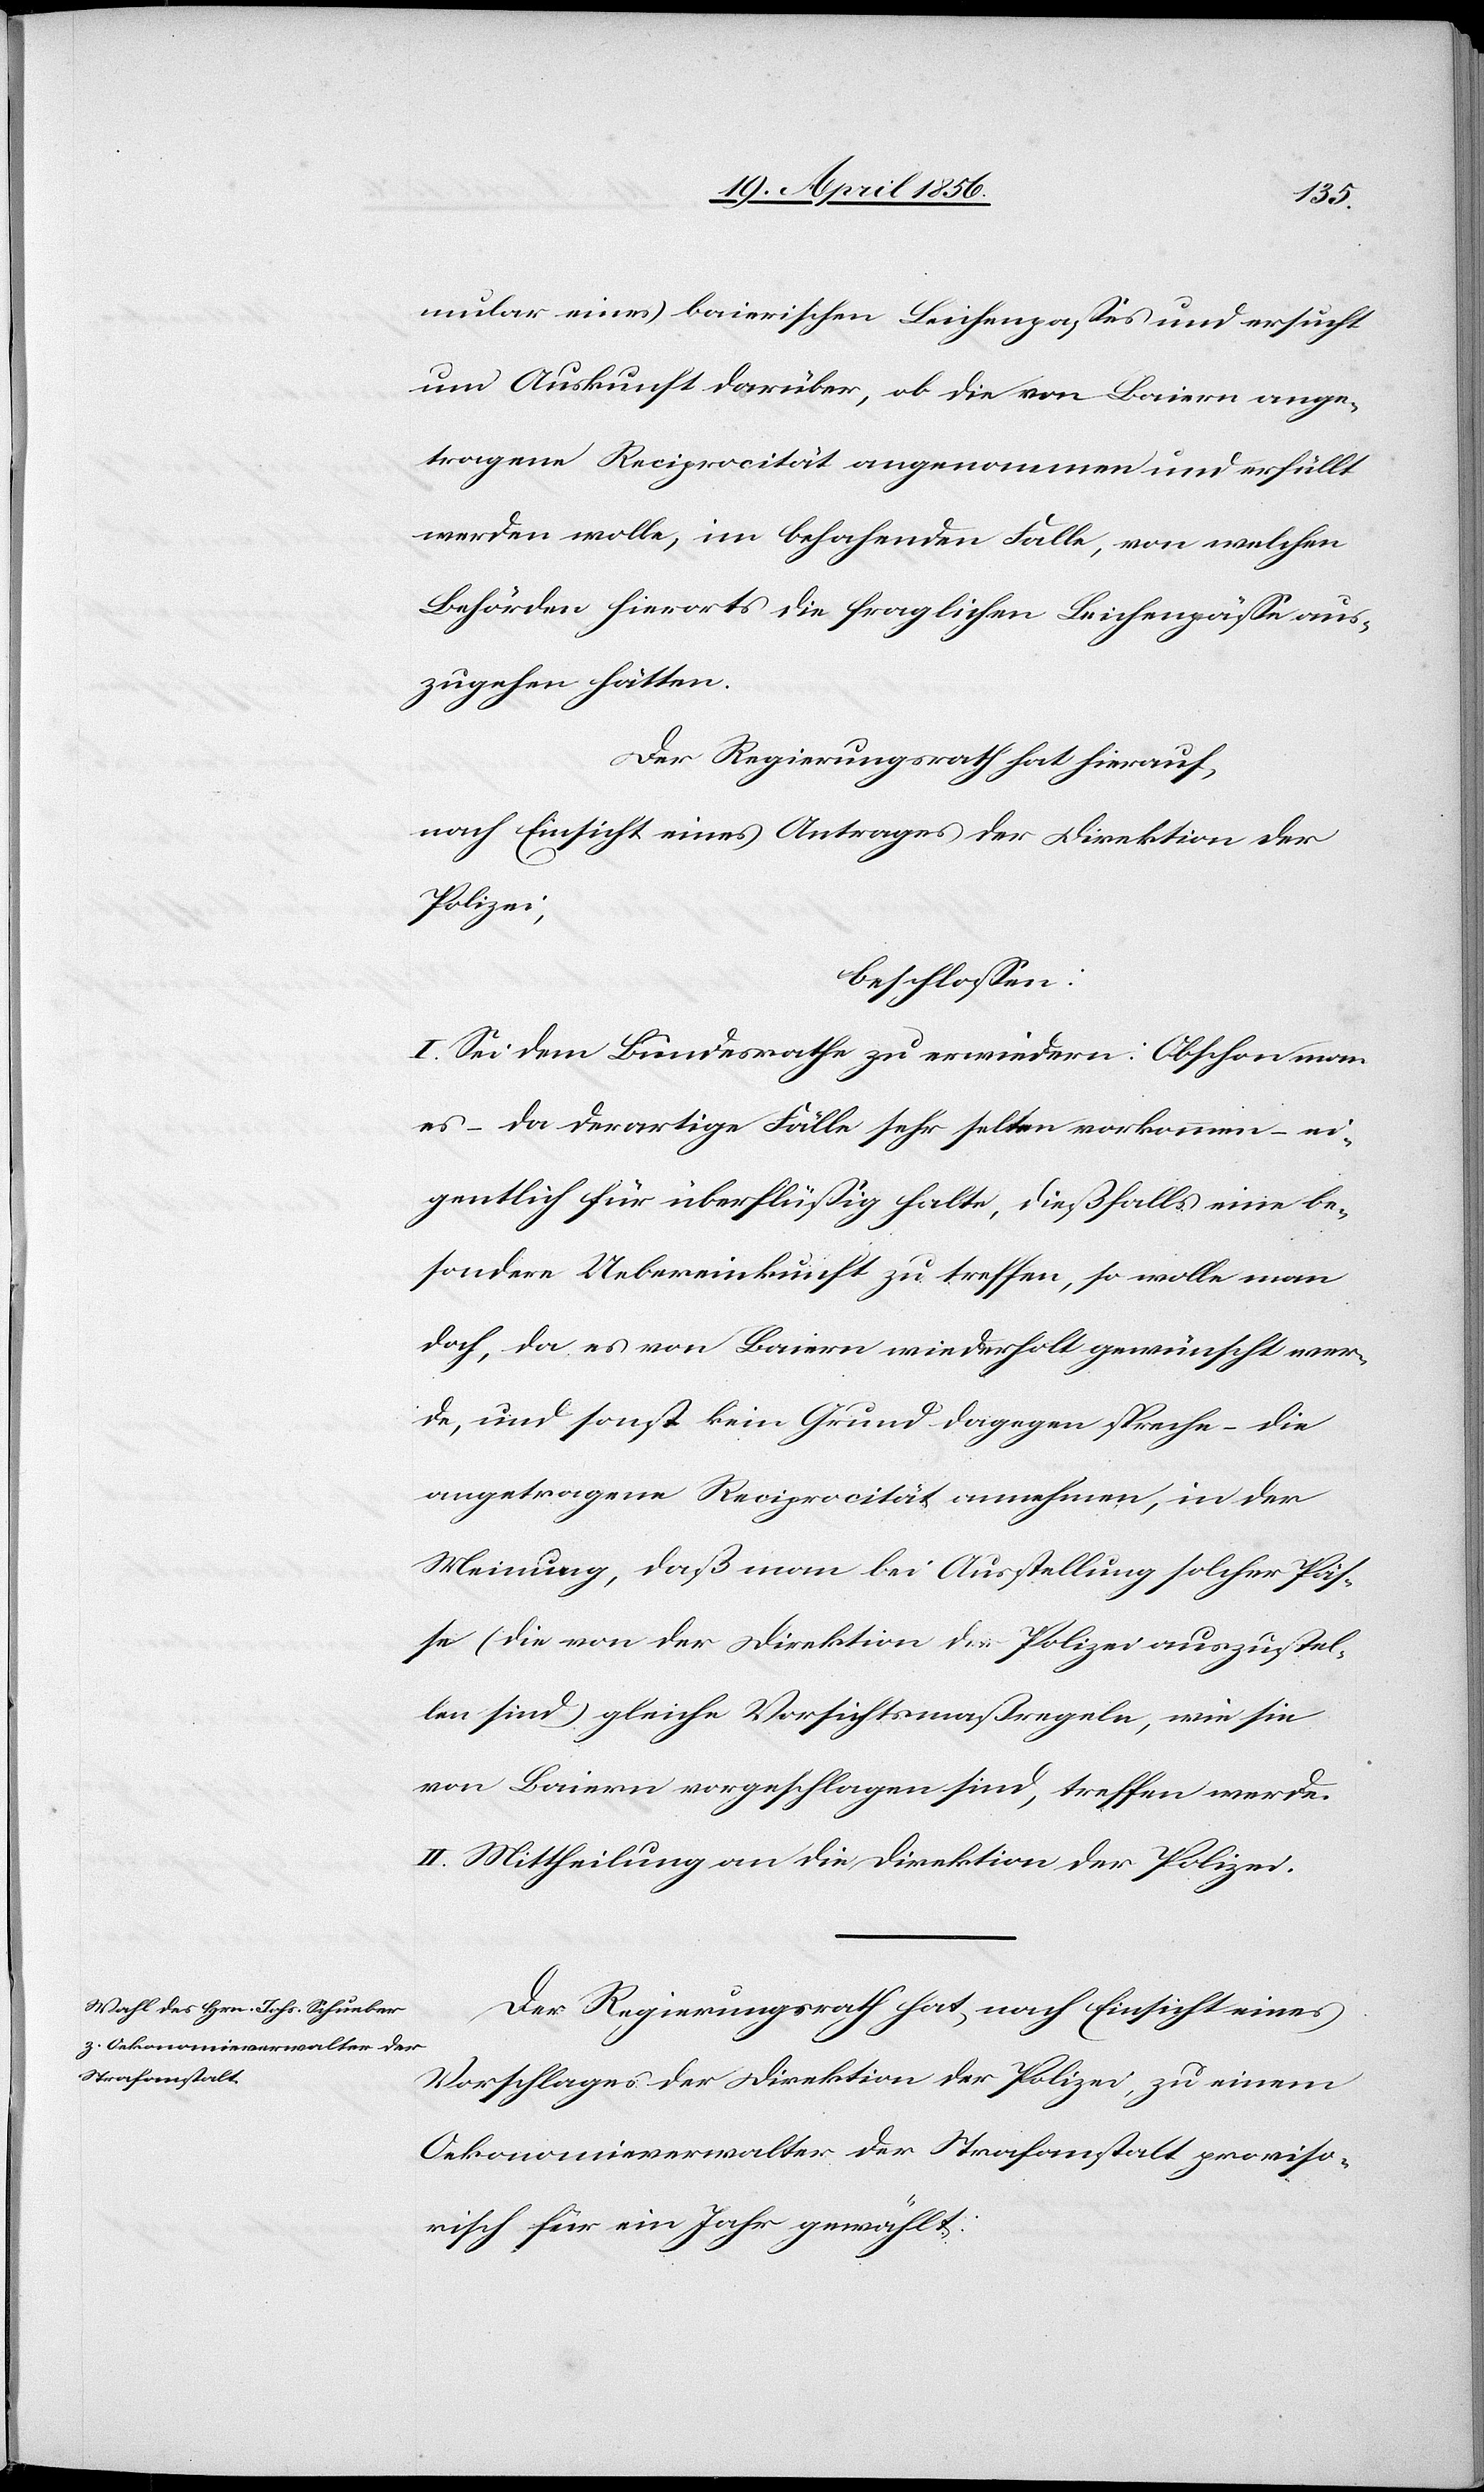
mular eines baierischen Leichenpasses und ersucht
um Auskunft darüber, ob die von Baiern ange¬
tragene Reciprocität angenommen und erfüllt
werden wolle, im behahenden [recte: bejahenden] Falle,
Behörden hierorts die fraglichen Leichenpässe aus¬
zugehen hätten.
Der Regierungsrath hat hierauf,
nach Einsicht eines Antrages der Direktion der
Polizei,
beschlossen:
I. Sei dem Bundesrathe zu erwiedern: Obschon man
es – da derartige Fälle sehr selten vorkommen – ei¬
gentlich für überflüssig halte, dießfalls eine be¬
sondere Uebereinkunft zu treffen, so wolle man
doch, da es von Baiern wiederholt gewünscht wer¬
de, und sonst kein Grund dagegen spreche – die
angetragene Reciprocität annehmen, in der
Meinung, daß man bei Ausstellung solcher Päs¬
se (die von der Direktion der Polizei auszustel¬
len sind) gleiche Vorsichtsmaßregeln, wie sie
von Baiern vorgeschlagen sind, treffen werde.
II. Mittheilung an die Direktion der Polizei.
Der Regierungsrath hat, nach Einsicht eines
Vorschlages der Direktion der Polizei, zu einem
Oekonomieverwalter der Strafanstalt proviso¬
risch für ein Jahr gewählt: